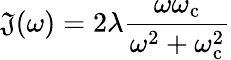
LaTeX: \mathfrak{J}(\omega)=2\lambda\frac{{\omega\omega_{\mathrm{{c}}}}}{{\omega^{2}+\omega_{\mathrm{{c}}}^{2}}}